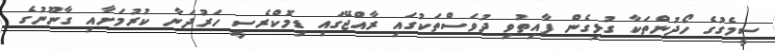
ސީމެގުގެ ހޯދުންތަކާ ގުޅިގެން ފާއިތުވި ދުވަސްތަކުގައި ރާއްޖޭގައި ޑިމޮކްރެސީ ހަރުދަނާ ކުރުމަށާއި ގާނޫނުގެ